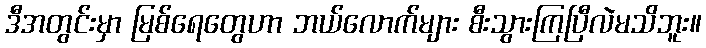
ဒီအတွင်းမှာ မြစ်ရေတွေဟာ ဘယ်လောက်များ စီးသွားကြပြီလဲမသိဘူး။